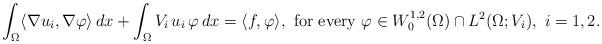
LaTeX: \begin{align*}\int_\Omega\langle\nabla u_i,\nabla\varphi\rangle\,dx+\int_\Omega V_i\,u_i\,\varphi\,dx=\langle f,\varphi\rangle,\mbox{ for every } \varphi\in W^{1,2}_0(\Omega)\cap L^2(\Omega;V_i),\ i=1,2.\end{align*}